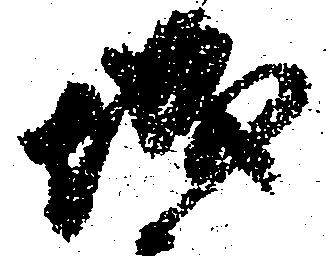
城